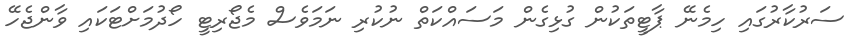
ސަރުކާރުގައި ހިމެނޭ ޕާޓީތަކުން ގުޅިގެން މަސައްކަތް ނުކުރި ނަމަވެސް މެޖޯރިޓީ ހޯދުމަށްޓަކައި ވާންޖެހޭ